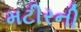
મટીરની